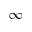
\infty